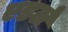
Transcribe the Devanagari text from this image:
एडर्ल